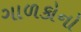
ગાળકોનો